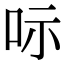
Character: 呩